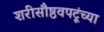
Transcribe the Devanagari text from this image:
शरीसौष्ठवपटूंच्या